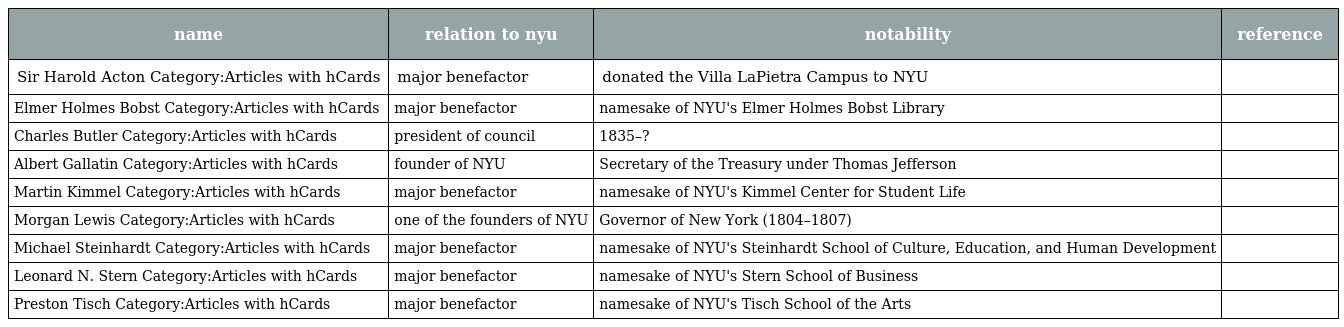
| name | relation to nyu | notability | reference |
 | --- | --- | --- | --- |
 | Sir Harold Acton Category:Articles with hCards | major benefactor | donated the Villa LaPietra Campus to NYU |  |
 | Elmer Holmes Bobst Category:Articles with hCards | major benefactor | namesake of NYU's Elmer Holmes Bobst Library |  |
 | Charles Butler Category:Articles with hCards | president of council | 1835–? |  |
 | Albert Gallatin Category:Articles with hCards | founder of NYU | Secretary of the Treasury under Thomas Jefferson |  |
 | Martin Kimmel Category:Articles with hCards | major benefactor | namesake of NYU's Kimmel Center for Student Life |  |
 | Morgan Lewis Category:Articles with hCards | one of the founders of NYU | Governor of New York (1804–1807) |  |
 | Michael Steinhardt Category:Articles with hCards | major benefactor | namesake of NYU's Steinhardt School of Culture, Education, and Human Development |  |
 | Leonard N. Stern Category:Articles with hCards | major benefactor | namesake of NYU's Stern School of Business |  |
 | Preston Tisch Category:Articles with hCards | major benefactor | namesake of NYU's Tisch School of the Arts |  |